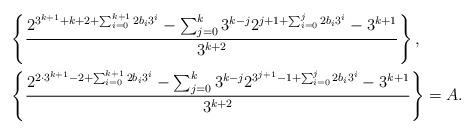
LaTeX: \begin{align*}&\left\{\frac{2^{3^{k+1}+k+2+\sum\nolimits_{i=0}^{k+1}2b_{i}3^{i}}-\sum\nolimits_{j=0}^{k}3^{k-j}2^{j+1+\sum\nolimits_{i=0}^{j}2b_{i}3^{i}}-3^{k+1}}{3^{k+2}}\right\}, \\&\left\{ \frac{2^{2\cdot3^{k+1}-2+\sum\nolimits_{i=0}^{k+1}2b_{i}3^{i}}-\sum\nolimits_{j=0}^{k}3^{k-j}2^{3^{j+1}-1+\sum\nolimits_{i=0}^{j}2b_{i}3^{i}}-3^{k+1}}{3^{k+2}}\right\}=A.\end{align*}